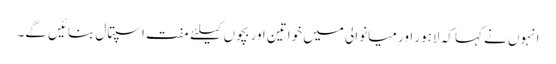
انہوں نے کہا کہ لاہور اور میانوالی میں خواتین اور بچوں کیلئے مفت اسپتال بنائیں گے۔